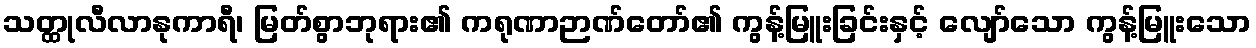
သတ္ထုလီလာနုကာရီ၊ မြတ်စွာဘုရား၏ ကရုဏာဉာဏ်တော်၏ ကွန့်မြူးခြင်းနှင့် လျော်သော ကွန့်မြူးသော